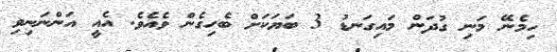
ހިމެނޭ މަނި ގުދަން މައިގަނޑު 3 ބަޔަކަށް ބެހިގެން ވެއެވެ. އެއީ އަންނަނިވި